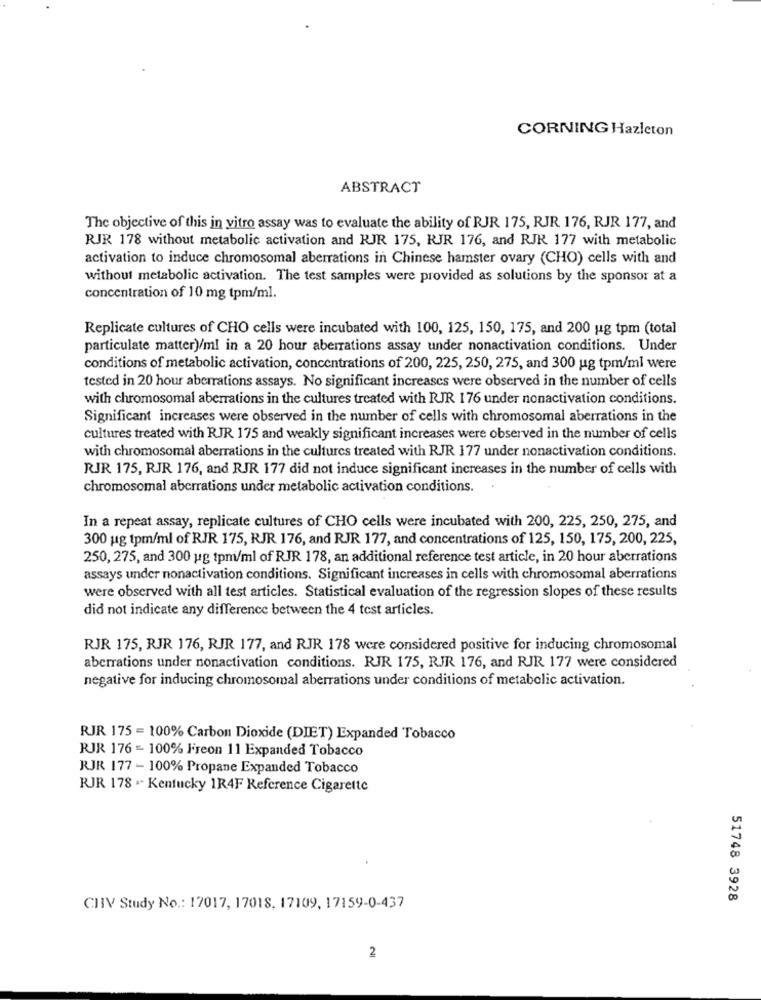
CORNING Hazleton
ABSTRACT
The objective of this in vitro assay was to evaluate the ability of RJR 175, RJR 176, RJR 177, and
RJR 178 without metabolic activation and RJR 175, RJR 176, and RJR 177 with metabolic
activation to induce chromosomal aberrations in Chinese hamster ovary (CHO) cells with and
without metabolic activation. The test samples were provided as solutions by the sponsor at a
concentration of 10 mg tpm/ml.
Replicate cultures of CHO cells were incubated with 100, 125, 150, 175, and 200 ug tpm (total
particulate matter)/ml in a 20 hour aberrations assay under nonactivation conditions. Under
conditions of metabolic activation, concentrations of 200, 225, 250, 275, and 300 ug tpm/ml were
tested in 20 hour aberrations assays. No significant increases were observed in the number of cells
with chromosomal aberrations in the cultures treated with RJR 176 under nonactivation conditions.
Significant increases were observed in the number of cells with chromosomal aberrations in the
cultures treated with RJR 175 and weakly significant increases were observed in the number of cells
with chromosomal aberrations in the cultures treated with RJR 177 under nonactivation conditions.
RJR 175, RJR 176, and RJR 177 did not induce significant increases in the number of cells with
chromosomal aberrations under metabolic activation conditions.
In a repeat assay, replicate cultures of CHO cells were incubated with 200, 225, 250, 275, and
300 ug tpm/ml of RJR 175, RJR 176, and RJR 177, and concentrations of 125, 150, 175, 200, 225,
250, 275, and 300 ug tpmi/ml of RJR 178, an additional reference test article, in 20 hour aberrations
assays under nonactivation conditions. Significant increases in cells with chromosomal aberrations
were observed with all test articles. Statistical evaluation of the regression slopes of these results
did not indicate any difference between the 4 test articles.
RJR 175, RJR 176, RJR 177, and RJR 178 were considered positive for inducing chromosomal
aberrations under nonactivation conditions. RJR 175, RJR 176, and RJR 177 were considered
negative for inducing chromosomal aberrations under conditions of metabolic activation.
RJR 175 = 100% Carbon Dioxide (DIET) Expanded Tobacco
RJR 176 - 100% Freon 11 Expanded Tobacco
RJR 177 - 100% Propane Expanded Tobacco
RJR 178 .- Kentucky 1R4F Reference Cigarette
51748 3928
CHIV Study No .: 17017, 17018, 17109, 17159-0-437
2